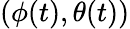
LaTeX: (\phi(t),\theta(t))